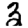
Digit: 3